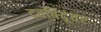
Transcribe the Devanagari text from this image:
दवबिंदूंवर